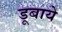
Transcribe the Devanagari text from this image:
डूबाये